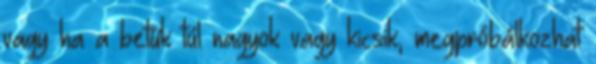
vagy ha a betűk túl nagyok vagy kicsik, megpróbálkozhat